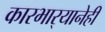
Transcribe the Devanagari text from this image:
कारभार्‍यानेही